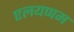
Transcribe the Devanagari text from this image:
एलयप्पम